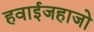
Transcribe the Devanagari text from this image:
हवाईजहाजो